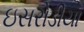
ઇસરોડીયા